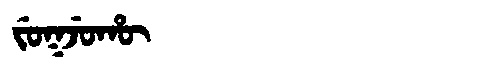
Manchu: ᠵᡠᡴᠵᡠᡥᡡ
Romanization: JUKJUHŪ